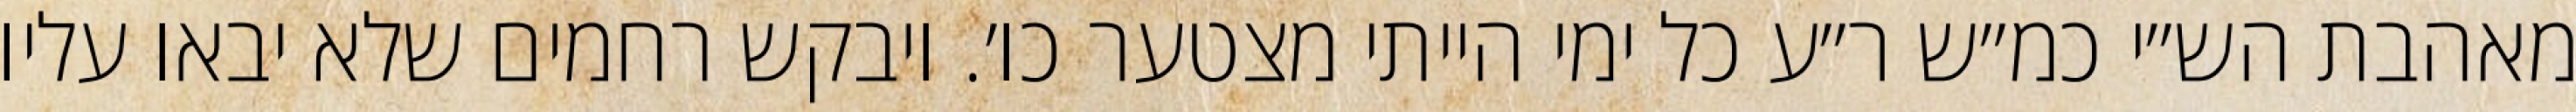
מאהבת הש״י כמ״ש ר״ע כל ימי הייתי מצטער כו׳. ויבקש רחמים שלא יבאו עליו